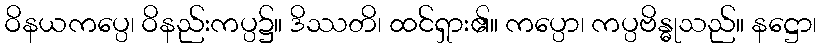
ဝိနယကပ္ပေ၊ ဝိနည်းကပ္ပ၌။ ဒိဿတိ၊ ထင်ရှား၏။ ကပ္ပော၊ ကပ္ပဗိန္ဓုသည်။ နဋ္ဌော၊